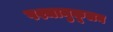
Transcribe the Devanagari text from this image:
पश्चानुकूलन